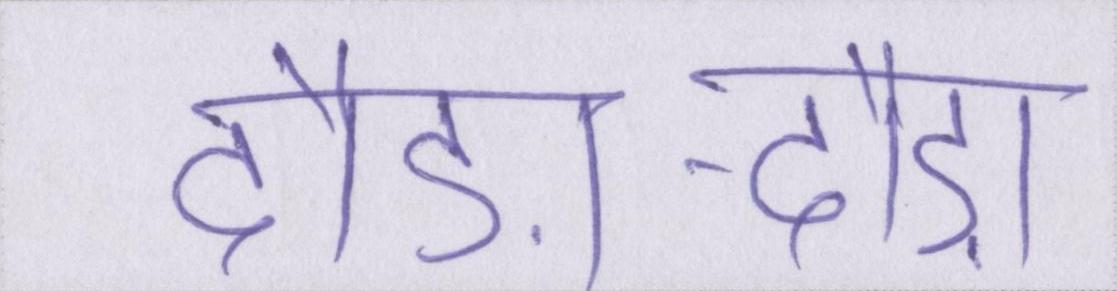
दौड़ा-दौड़ा